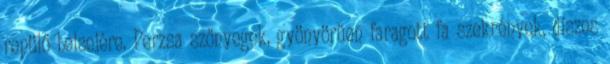
repülő belsejére. Perzsa szőnyegek, gyönyörűen faragott fa szekrények, díszes